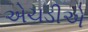
એચડીએ